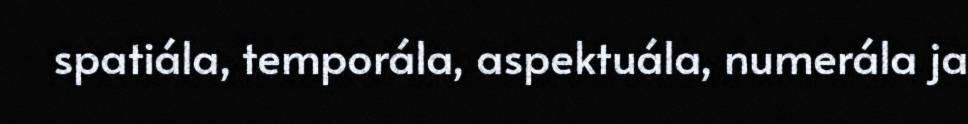
spatiála, temporála, aspektuála, numerála ja